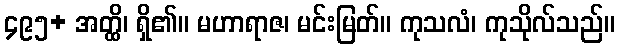
၄၉၅+ အတ္ထိ၊ ရှိ၏။ မဟာရာဇ၊ မင်းမြတ်။ ကုသလံ၊ ကုသိုလ်သည်။